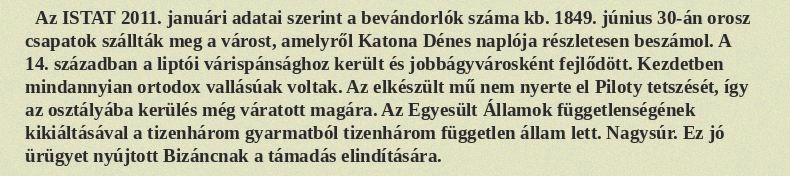
Az ISTAT 2011. januári adatai szerint a bevándorlók száma kb. 1849. június 30-án orosz csapatok szállták meg a várost, amelyről Katona Dénes naplója részletesen beszámol. A 14. században a liptói várispánsághoz került és jobbágyvárosként fejlődött. Kezdetben mindannyian ortodox vallásúak voltak. Az elkészült mű nem nyerte el Piloty tetszését, így az osztályába kerülés még váratott magára. Az Egyesült Államok függetlenségének kikiáltásával a tizenhárom gyarmatból tizenhárom független állam lett. Nagysúr. Ez jó ürügyet nyújtott Bizáncnak a támadás elindítására.